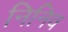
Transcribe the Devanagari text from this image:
निनिव